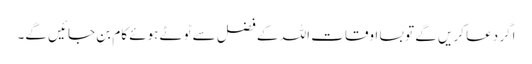
اگر دعا کریں گے تو بسا اوقات اللہ کے فضل سے ٹوٹے ہوئے کام بن جائیں گے۔